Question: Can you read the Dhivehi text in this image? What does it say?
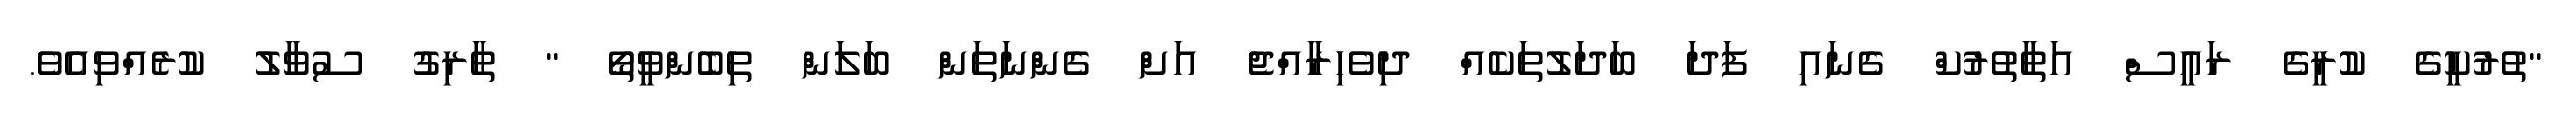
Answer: "ތުރުކީގެ ކުރީގެ ރައީސް އަތާތުރުކް ގެނައި ފަދަ ބަދަލުތަކެއް ދިވެހިރާއްޖެ އަށް ގެންނަތަން ބަލަން ތިބެންވީތޯ " ޠާރިގު ސުވާލު ކުރެއްވިއެވެ.